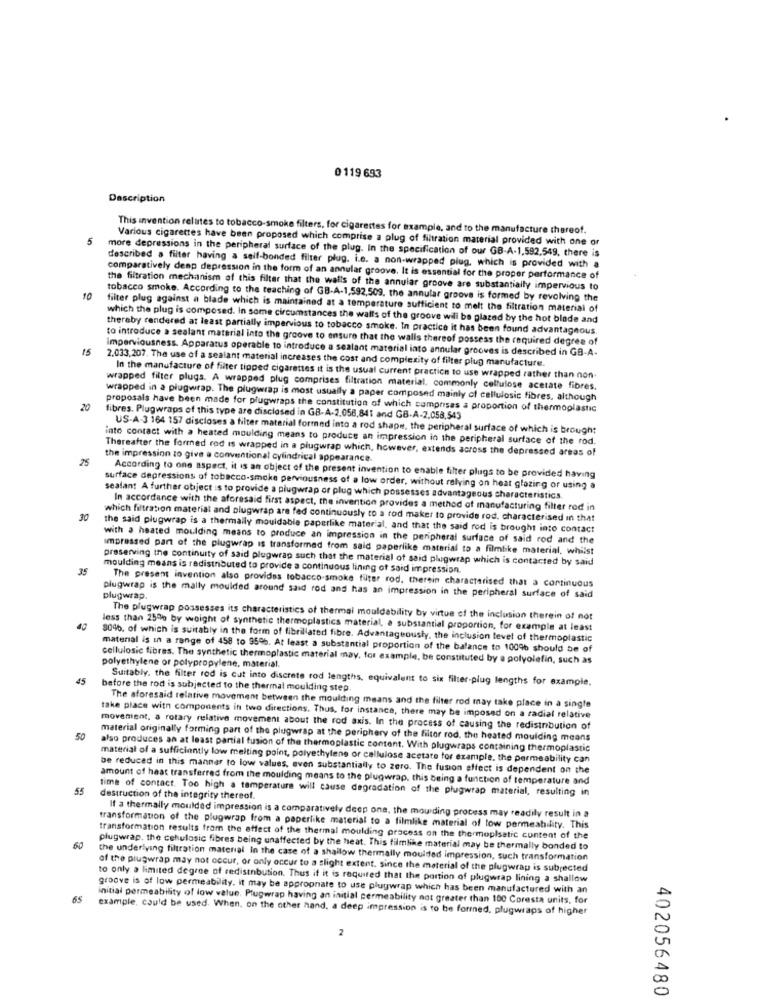
0 119 693
Description
This invention relates to tobacco-smoke filters, for cigarettes for example, and to the manufacture thereof.
5
Various cigarettes have been proposed which comprise a plug of filtration material provided with one or
more depressions in the peripheral surface of the plug. In the specification of our GB-A-1,592,549, there is
described a filter having a self-bonded filter plug. i.e. a non-wrapped plug, which is provided with a
comparatively deap depression in the form of an annular groove. It is essential for the proper performance of
the filtration mechanism of this filter that the walls of the annular groove are substantially impervious to
10
tobacco smoke. According to the teaching of GB-A-1,592,509, the annular groove is formed by revolving the
filter plug against a blade which is maintained at a temperature sufficient to melt the filtration material of
which the plug is composed. In some circumstances the walls of the groove will be glazed by the hot blade and
theraby rendered at least partially impervious to tobacco smoke. In practice it has been found advantageous.
to introduce a sealant material into the groove to ensure that the walls thereof possess the required degree of
15
Imperviousness. Apparatus operable to introduce a sealant material into annular grooves is described in GB-A-
2.033,207. The use of a sealant material increases the cost and complexity of filter plug manufacture.
In the manufacture of filter tipped cigarettes it is the usual current practice to use wrapped rather than non.
wrapped filter plugs. A wrapped plug comprises filtration material, commonly cellulose acetate fibres.
wrapped in a plugwrap. The plugwrap is most usually a paper composed mainly of cellulosic fibres, although
20
proposals have been made for plugwraps the constitution of which comprises a proportion of thermoplastic
fibres. Plugwraps of this type are disclosed in GB-A-2.056,841 and GB-A-2.058,543
US-A-3 164 157 discloses a filter material formed into a rod shape, the peripheral surface of which is brought
into contact with a heated moulding means to produce an impression in the peripheral surface of the rod.
Thereafter the formed rod is wrapped in a plugwrap which, however, extends across the depressed areas of
25
the impression to give a conventional cylindrical appearance
According to one aspect, it is an object of the present invention to enable filter plugs to be provided having
surface depressions of tobacco-smoke perviousness of a low order, without relying on heat glazing or using a
sealant A further object is to provide a plugwrap or plug which possesses advantageous characteristics.
In accordance with the aforesaid first aspect, the invention provides a method of manufacturing filter rod in
30
which filtration material and plugwrap are fed continuously to a rod maker to provide rod. characterised in that
the said plugwrap is a thermally mouldable paperlike material, and that the said rod is brought into contact
with a heated moulding means to produce an impression in the peripheral surface of said rod and the
Impressed part of the plugwrap is transformed from said paperlike material to a filmbike material, whilst
preserving the continuity of said plugwrap such that the material of said pligwrap which is contacted by said
35
moulding means is redistnbuted to provide a continuous lining of said impression.
The present invention also provides tobacco-smoke filter rod. therein characterised that a continuous
plugwrap.
plugwrap is the mally moulded around said rod and has an impression in the peripheral surface of said
The plugwrap possesses its characteristics of thermal mouldability by virtue of the inclusion therein of not
40
less than 25% by weight of synthetic thermoplastics material, a substantial proportion, for example at least
80%, of which is suitably in the form of fibrillated fibre. Advantageously, the inclusion level of thermoplastic
material is in a range of 458 to 95%. At least a substantial proportion of the balance to 1009% should be of
cellulosic fibras. The synthetic thermoplastic material may, for example, be constituted by a polyolefin, such as
polyethylene or polypropylene, material.
45
Suitably, the filter rod is cut into discrete rod lengths, equivalent to six filter-plug lengths for example.
before the rod is subjected to the thermal moulding step.
The aforesaid relative movement between the moulding means and the filter rod may take place in a single
take place with components in two directions. Thus, for instance, there may be imposed on a radial relative
movement, a rotary relative movement about the rod axis. In the process of causing the redistribution of
50
material originally forming part of the plugwrap at the periphery of the filter rod, the heated moulding means
also produces an at least partial fusion of the thermoplastic content. With plugwraps containing thermoplastic
material of a sufficiently low melting point, polyethylene or cellulose acetate for example, the permeability can
be reduced in this manner to low values, even substantially to zero. The fusion effect is dependent on the
amount of heat transferred from the moulding means to the plugwrap, this being a function of temperature and
55
time of contact. Too high a temperature will cause degradation of the plugwrap material, resulting in
destruction of the integrity thereof.
If a thermally moulded impression is a comparatively deep one, the moulding process may readily result in a
transformation of the plugwrap from a paperlike material to a filmlike material of low permeability. This
transformation results from the effect of the thermal moulding process on the thermoplsetic content of the
50
plugwrap. the cellulosic fibres being unaffected by the heat. This filmlike material may be thermally bonded to
the underlying filtration material In the case of a shallow thermally moulded impression, such transformation
of the plugwrap may not occur, or only occur to a slight extent. since the material of the plugwrap is subjected
to only a limited degree of redistnbution. Thus if it is required that the portion of plugwrap lining a shallow
groove is of low permeability. it may be appropnate to use plugwrap which has been manufactured with an
65
initial permeability of low value. Plugwrap having an initial permeability not greater than 100 Coresta units, for
example, could be used. When, on the other hand, a deep impression is to be formed, plugwraps of higher
2
402056480